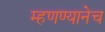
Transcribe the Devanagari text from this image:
म्हणण्यानेच